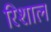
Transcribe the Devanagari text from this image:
रिशाल